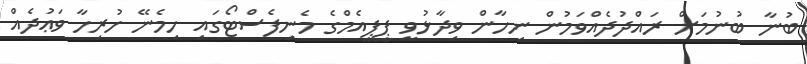
ބުނާ ބުނުމަށް ރައްދުދެއްވަމުން ނިހާން ވިދާޅުވީ ޕީޕީއެމްގެ މެނިފެސްޓޯގައި ހިމެނޭ ހުރިހާ ވަޢުދެއް